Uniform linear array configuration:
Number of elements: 12
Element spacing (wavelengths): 0.5
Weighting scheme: uniform
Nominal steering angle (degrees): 15
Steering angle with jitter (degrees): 13.507
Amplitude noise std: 0.05
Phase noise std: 0.05

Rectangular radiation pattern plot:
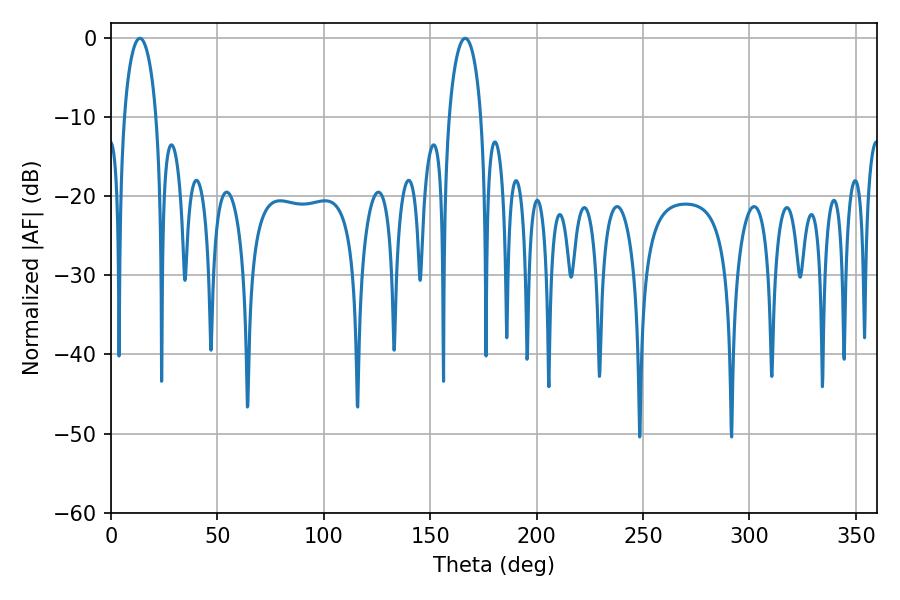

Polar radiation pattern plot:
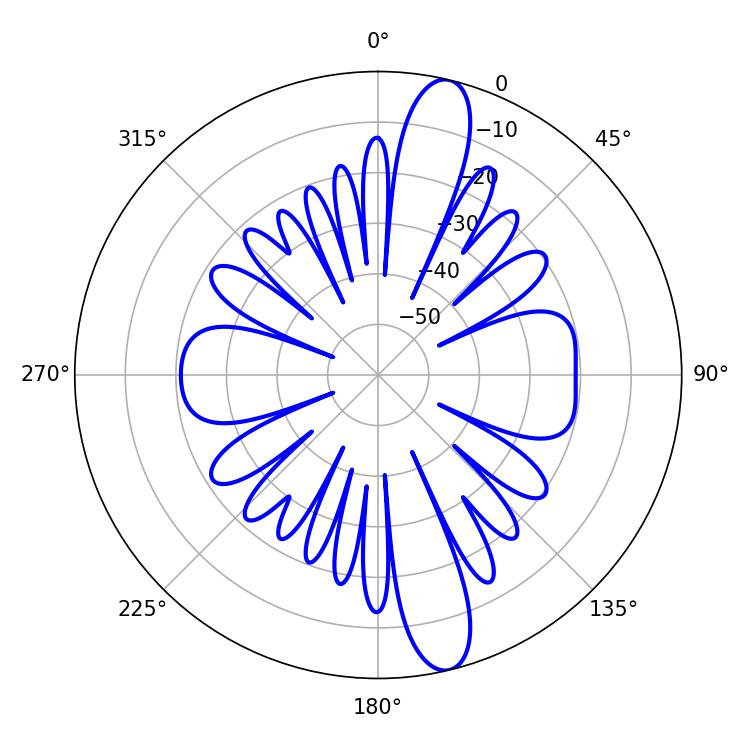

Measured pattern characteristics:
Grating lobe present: FALSE
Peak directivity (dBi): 13.969
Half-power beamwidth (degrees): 8.64
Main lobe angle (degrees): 13.5